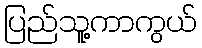
ပြည်သူ့ကာကွယ်